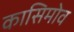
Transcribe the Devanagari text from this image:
कासिमोव